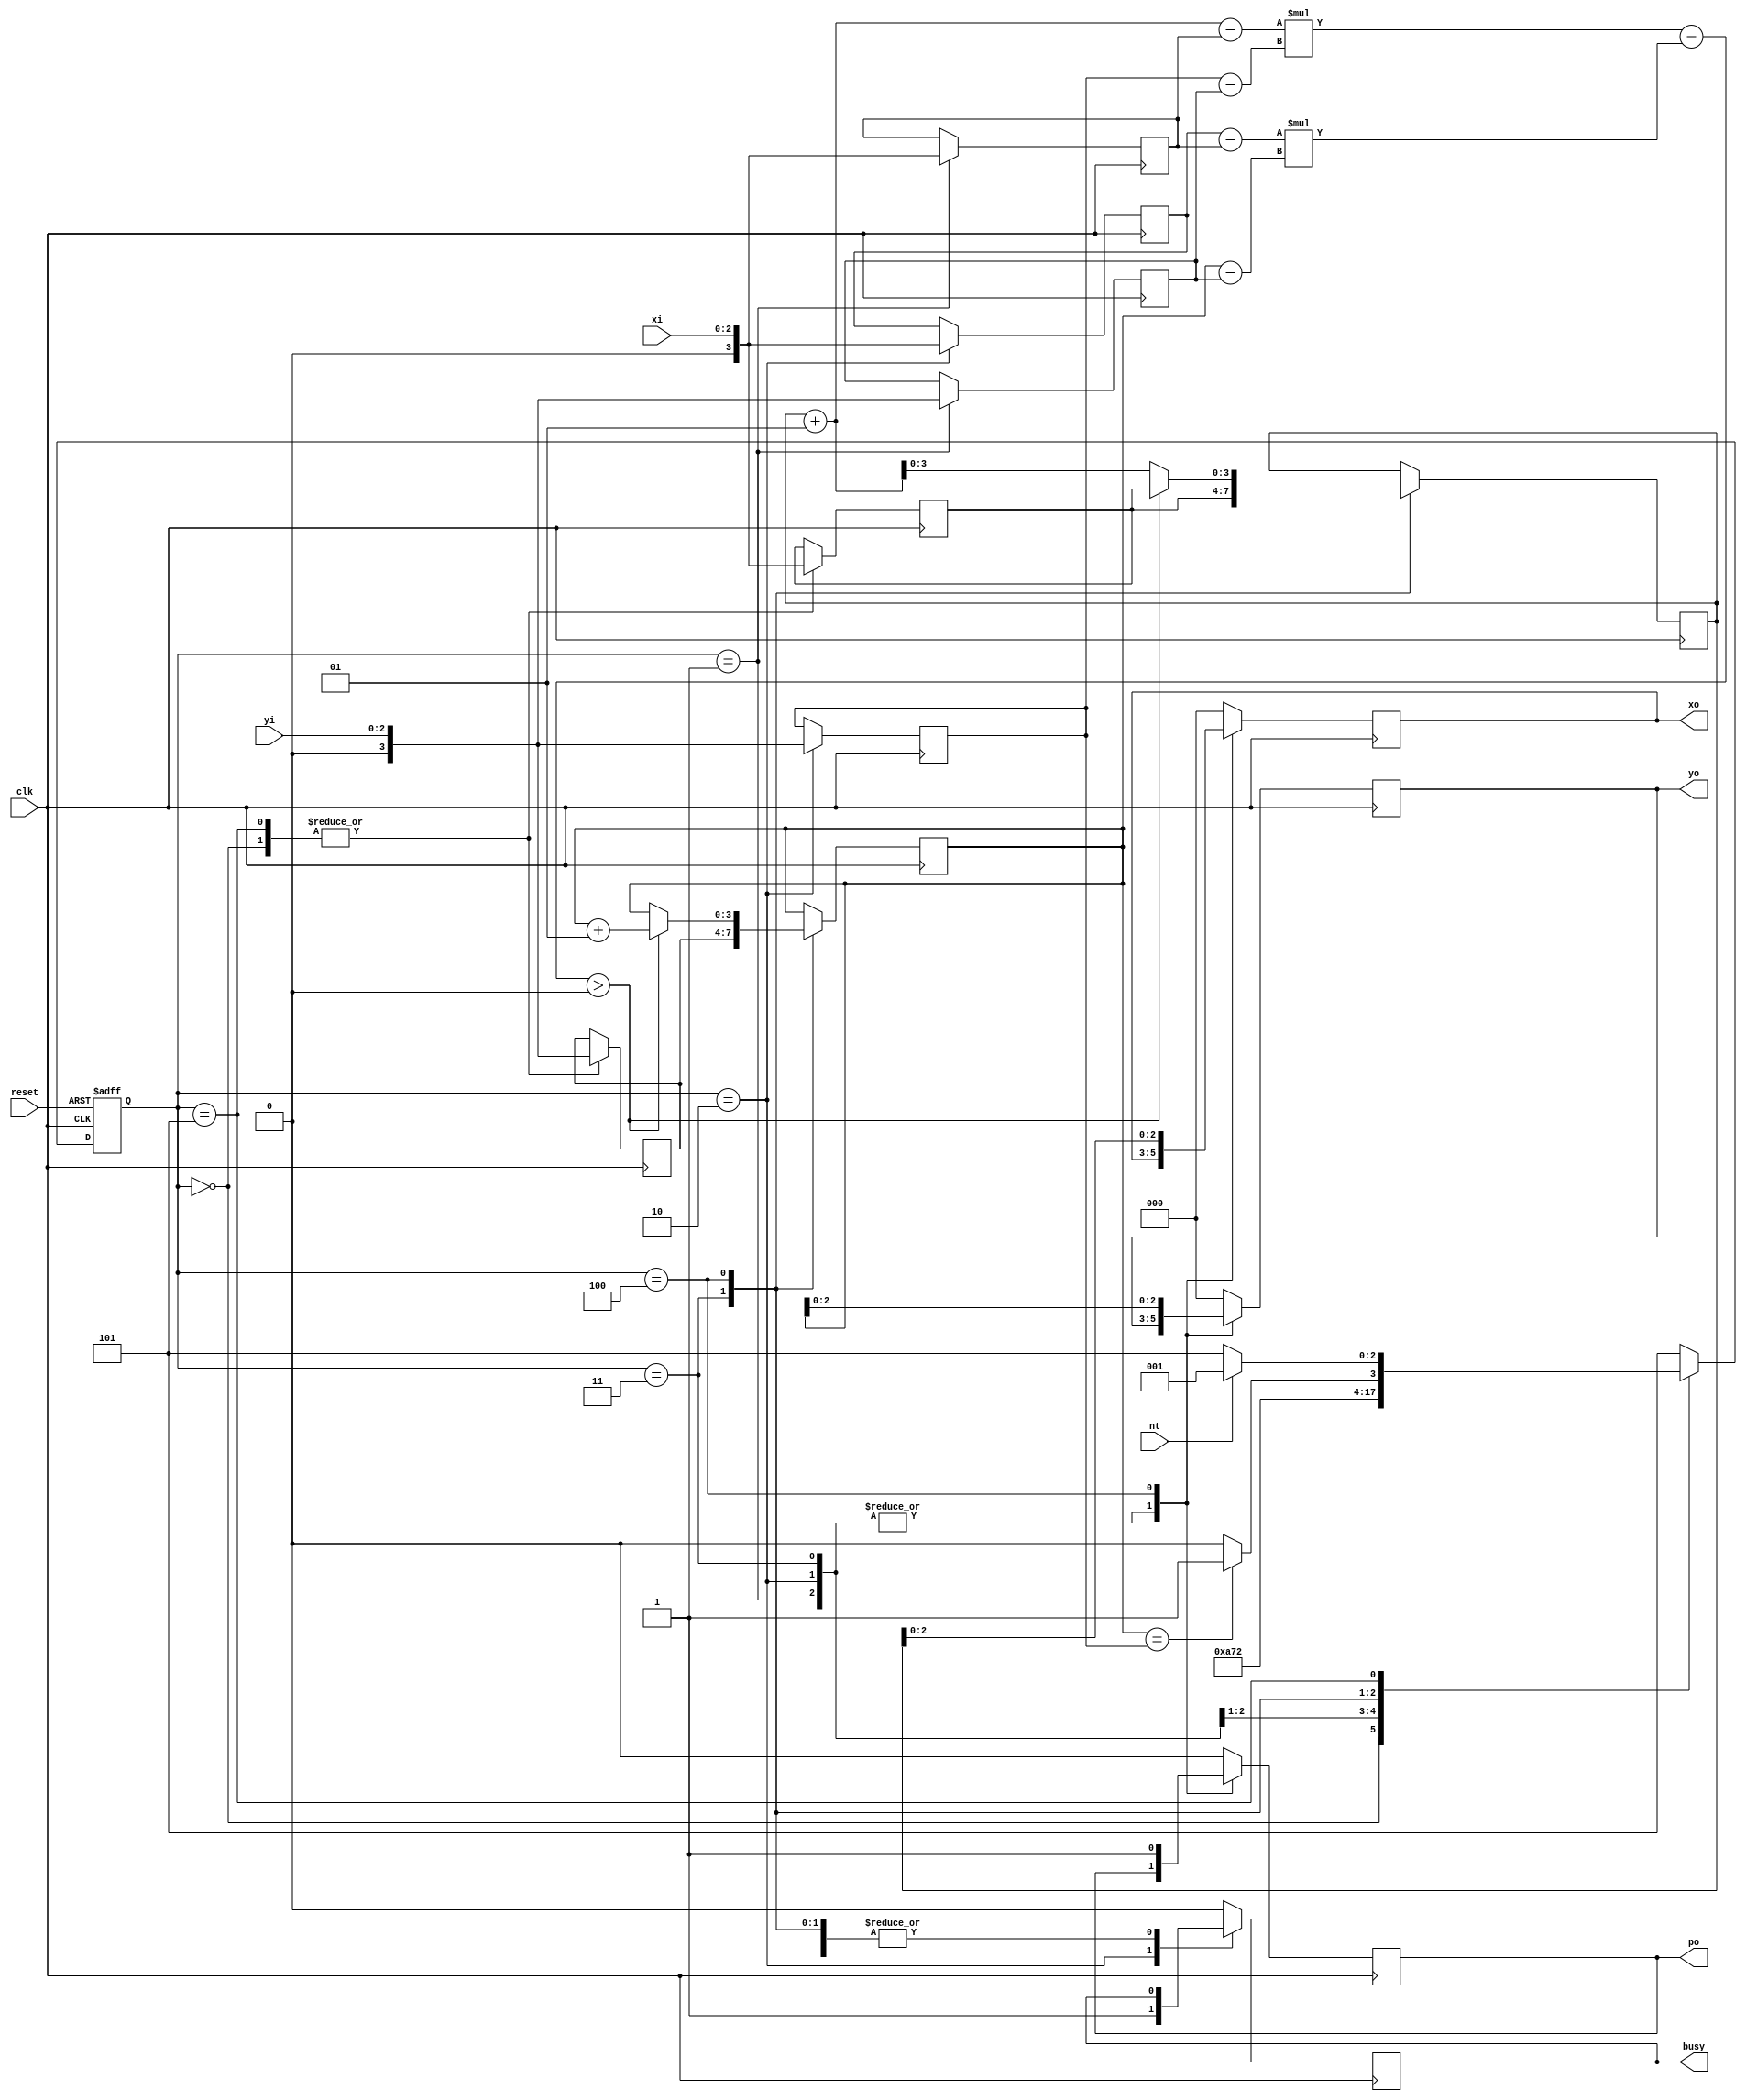
module triangle (clk, reset, nt, xi, yi, busy, po, xo, yo);
  input clk, reset, nt;
  input [2:0] xi, yi;
  output reg busy, po;
  output reg [2:0] xo, yo;
  
  reg signed [3:0] x1,y1,x2,y2,x3,y3,xc,yc;
  reg [2:0] cs,ns;
 
  wire signed [7:0] test;
  
  parameter Reset = 3'd0;
  parameter Read_data_1 = 3'd1;
  parameter Read_data_2 = 3'd2;
  parameter Read_data_3 = 3'd3;
  parameter Result = 3'd4;
  parameter Done = 3'd5;
  
  assign test = (xc+1-x2)*(y3-y2)-(x3-x2)*(yc-y2);
  
  always@(posedge clk, posedge reset)begin
	if(reset) cs <= Reset;
	else cs <= ns;
  end
  
  always@(*)begin
	case(cs)
		Reset : ns = Read_data_1;
		Read_data_1 : ns =Read_data_2;
		Read_data_2 : ns = Read_data_3;
		Read_data_3 : ns = Result;
		Result : ns = (yc == y3) ? Done : Result;
		Done : ns = (nt) ? Read_data_1 : Done;
		default : ns =Done;
	endcase
  end
  
  always@(posedge clk)begin
	case(cs)
		Reset : begin
			busy <= 0;
			po <= 0;
			xo <= 0;
			yo <= 0;
			x1 <= {1'b0,xi};
            y1 <= {1'b0,yi};
		end
		Read_data_1 : begin
			x2 <= {1'b0,xi};
            y2 <= {1'b0,yi};
		end
		Read_data_2 : begin
			x3 <= {1'b0,xi};
            y3 <= {1'b0,yi};
			busy <= 1;
		end
		Read_data_3 : begin
			xc <= x1;
			yc <= y1;
		end
		Result : begin
		    po <= 1;
			xo <= xc[2:0];
			yo <= yc[2:0];
			if(test > 0)begin // in the right side of the line
				xc <= x1;
				yc <= yc+1;
			end
			else begin // in the left side of the line 
				xc <= xc+1;
				yc <= yc;
			end
		end
		Done : begin
			busy <= 0;
			po <= 0;
			xo <= 0;
			yo <= 0;
			x1 <= {1'b0,xi};
            y1 <= {1'b0,yi};
		end
		default : begin
			busy <= 0;
			po <= 0;
			xo <= 0;
			yo <= 0;
		end
	endcase
  end
endmodule